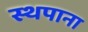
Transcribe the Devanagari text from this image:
स्थपाना